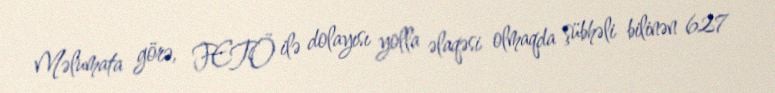
Məlumata görə, FETÖ ilə dolayısı yolla əlaqəsi olmaqda şübhəli bilinən 627